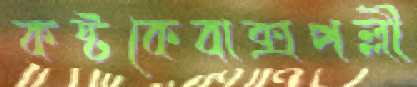
কষ্টকেবাক্‌সপল্লী